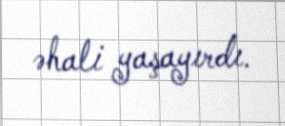
əhali yaşayırdı.